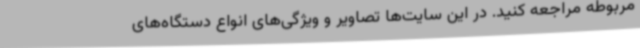
مربوطه مراجعه کنید. در این سایت‌ها تصاویر و ویژگی‌های انواع دستگاه‌های